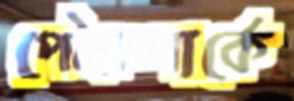
পৌরপার্কে